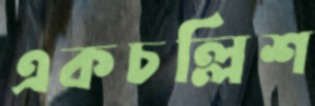
একচল্লিশ